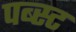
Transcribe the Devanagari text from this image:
पब्स्ट